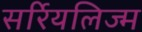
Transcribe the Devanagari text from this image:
सर्रियलिज्म